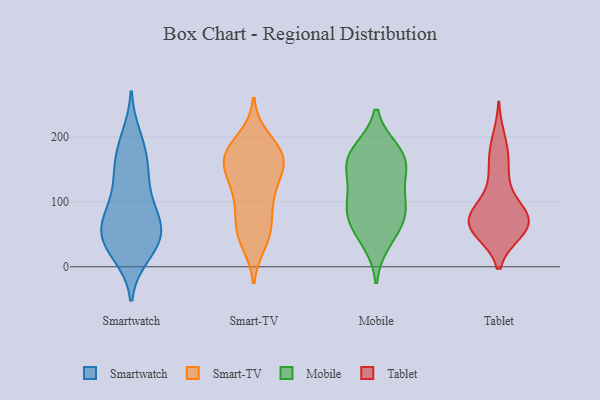
{"axis": {"x": "Inventory Turnover", "y": "Value"}, "legend": ["Mobile", "Smart-TV", "Smartwatch", "Tablet"], "data": [{"x": "", "y": 162, "type": "Smartwatch"}, {"x": "", "y": 87, "type": "Smartwatch"}, {"x": "", "y": 62, "type": "Smartwatch"}, {"x": "", "y": 31, "type": "Smartwatch"}, {"x": "", "y": 61, "type": "Smartwatch"}, {"x": "", "y": 44, "type": "Smartwatch"}, {"x": "", "y": 48, "type": "Smartwatch"}, {"x": "", "y": 35, "type": "Smartwatch"}, {"x": "", "y": 198, "type": "Smartwatch"}, {"x": "", "y": 139, "type": "Smartwatch"}, {"x": "", "y": 99, "type": "Smartwatch"}, {"x": "", "y": 72, "type": "Smartwatch"}, {"x": "", "y": 182, "type": "Smartwatch"}, {"x": "", "y": 140, "type": "Smartwatch"}, {"x": "", "y": 20, "type": "Smartwatch"}, {"x": "", "y": 86, "type": "Smart-TV"}, {"x": "", "y": 120, "type": "Smart-TV"}, {"x": "", "y": 166, "type": "Smart-TV"}, {"x": "", "y": 38, "type": "Smart-TV"}, {"x": "", "y": 54, "type": "Smart-TV"}, {"x": "", "y": 174, "type": "Smart-TV"}, {"x": "", "y": 55, "type": "Smart-TV"}, {"x": "", "y": 161, "type": "Smart-TV"}, {"x": "", "y": 197, "type": "Smart-TV"}, {"x": "", "y": 146, "type": "Smart-TV"}, {"x": "", "y": 176, "type": "Smart-TV"}, {"x": "", "y": 108, "type": "Smart-TV"}, {"x": "", "y": 179, "type": "Smart-TV"}, {"x": "", "y": 109, "type": "Smart-TV"}, {"x": "", "y": 163, "type": "Smart-TV"}, {"x": "", "y": 154, "type": "Smart-TV"}, {"x": "", "y": 51, "type": "Smart-TV"}, {"x": "", "y": 149, "type": "Mobile"}, {"x": "", "y": 178, "type": "Mobile"}, {"x": "", "y": 63, "type": "Mobile"}, {"x": "", "y": 101, "type": "Mobile"}, {"x": "", "y": 173, "type": "Mobile"}, {"x": "", "y": 149, "type": "Mobile"}, {"x": "", "y": 78, "type": "Mobile"}, {"x": "", "y": 81, "type": "Mobile"}, {"x": "", "y": 169, "type": "Mobile"}, {"x": "", "y": 108, "type": "Mobile"}, {"x": "", "y": 39, "type": "Mobile"}, {"x": "", "y": 72, "type": "Tablet"}, {"x": "", "y": 70, "type": "Tablet"}, {"x": "", "y": 56, "type": "Tablet"}, {"x": "", "y": 153, "type": "Tablet"}, {"x": "", "y": 57, "type": "Tablet"}, {"x": "", "y": 80, "type": "Tablet"}, {"x": "", "y": 170, "type": "Tablet"}, {"x": "", "y": 58, "type": "Tablet"}, {"x": "", "y": 68, "type": "Tablet"}, {"x": "", "y": 80, "type": "Tablet"}, {"x": "", "y": 120, "type": "Tablet"}, {"x": "", "y": 195, "type": "Tablet"}, {"x": "", "y": 75, "type": "Tablet"}]}